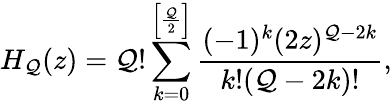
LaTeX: H_{\mathcal{Q}}(z)=\mathcal{Q}!\sum_{k=0}^{\left[\frac{\mathcal{Q}}{2}\right]}\frac{{(-1)^{k}(2z)^{\mathcal{Q}-2k}}}{{k!(\mathcal{Q}-2k)!}},